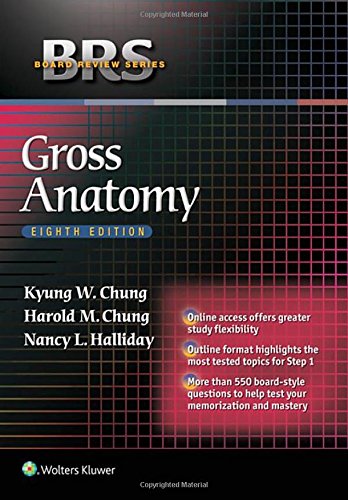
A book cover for BRS Gross Anatomy (Board Review Series); Kyung Won Chung PhD; Test Preparation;